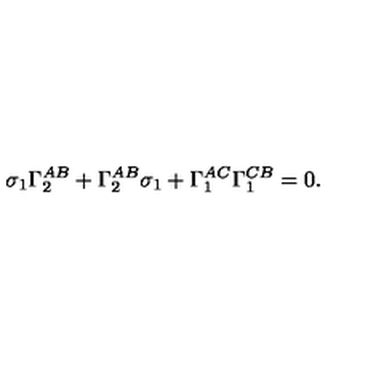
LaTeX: \sigma _ { 1 } \Gamma _ { 2 } ^ { A B } + \Gamma _ { 2 } ^ { A B } \sigma _ { 1 } + \Gamma _ { 1 } ^ { A C } \Gamma _ { 1 } ^ { C B } = 0 .